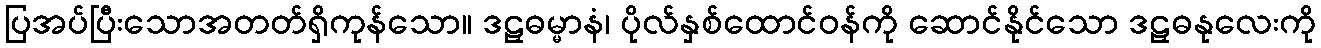
ပြအပ်ပြီးသောအတတ်ရှိကုန်သော။ ဒဠှဓမ္မာနံ၊ ပိုလ်နှစ်ထောင်ဝန်ကို ဆောင်နိုင်သော ဒဠှဓနုလေးကို